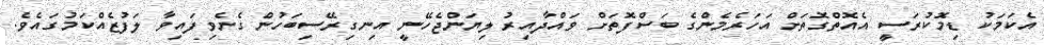
އެކަމަކު ޑިމޮކުރަސީ އެއޮތްގޮތަށް އަހަރެމެންގެ ބަސްފޮތަށް ވައްދާއިރު ލިޔަންޖެހޭނީ އިނގިރޭސިބަހުން ގެނެވިފައިވާ ލަފުޒެއްކަމުގައެވެ.